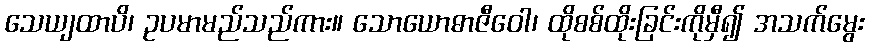
သေယျထာပိ၊ ဥပမာမည်သည်ကား။ သောယောဓာဇီဝေါ၊ ထိုစစ်ထိုးခြင်းကိုမှီ၍ အသက်မွေး